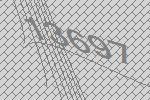
13697